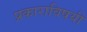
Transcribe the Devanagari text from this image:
प्रकाराविषयी